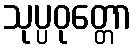
သုပ္ပဝုတ္တော